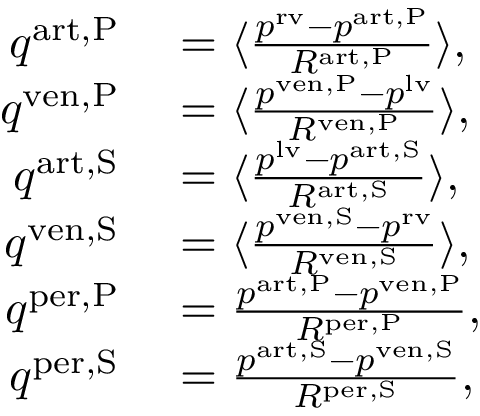
\begin{array} { r l } { q ^ { \mathrm { a r t , P } } } & { { } = \langle \frac { p ^ { \mathrm { r v } } - p ^ { \mathrm { a r t , P } } } { R ^ { \mathrm { a r t , P } } } \rangle , } \\ { q ^ { \mathrm { v e n , P } } } & { { } = \langle \frac { p ^ { \mathrm { v e n , P } } - p ^ { \mathrm { l v } } } { R ^ { \mathrm { v e n , P } } } \rangle , } \\ { q ^ { \mathrm { a r t , S } } } & { { } = \langle \frac { p ^ { \mathrm { l v } } - p ^ { \mathrm { a r t , S } } } { R ^ { \mathrm { a r t , S } } } \rangle , } \\ { q ^ { \mathrm { v e n , S } } } & { { } = \langle \frac { p ^ { \mathrm { v e n , S } } - p ^ { \mathrm { r v } } } { R ^ { \mathrm { v e n , S } } } \rangle , } \\ { q ^ { \mathrm { p e r , P } } } & { { } = \frac { p ^ { \mathrm { a r t , P } } - p ^ { \mathrm { v e n , P } } } { R ^ { \mathrm { p e r , P } } } , } \\ { q ^ { \mathrm { p e r , S } } } & { { } = \frac { p ^ { \mathrm { a r t , S } } - p ^ { \mathrm { v e n , S } } } { R ^ { \mathrm { p e r , S } } } , } \end{array}